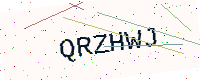
Text: QRZHWJ